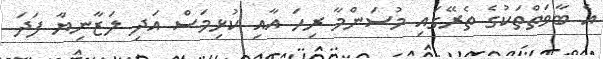
އެ ބާވަތްތަކުގެ ތެރޭގައި މުސަންމާ ރިހަ އާއި ކުޅިމަސް އަދި ލަޒާނިޔާ ފަދަ